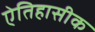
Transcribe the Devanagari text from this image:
एेतिहासीक